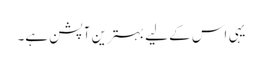
یہی اس کے لیے بہترین آپشن ہے۔